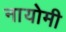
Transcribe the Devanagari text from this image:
नायोमी